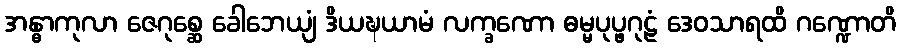
အန္ဓာကုလာ ဇေဂုစ္ဆေ ခေါဘေယျံ ဒိယဍ္ဎယာမံ လက္ခဏော ဓမ္မပုပ္ဖဂုဠံ ဒေဝသာရထိ ဂဏ္ဍောတိ